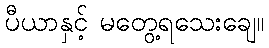
ပီယာနှင့် မတွေ့ရသေးချေ။